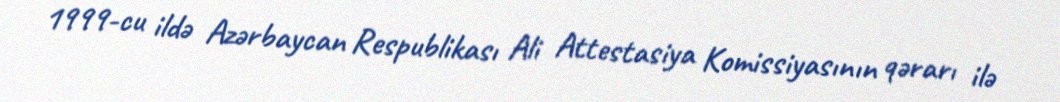
1999-cu ildə Azərbaycan Respublikası Ali Attestasiya Komissiyasının qərarı ilə